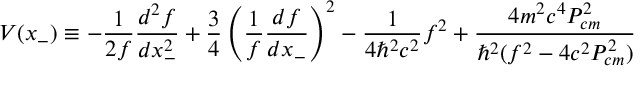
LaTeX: V ( x _ { - } ) \equiv - \frac { 1 } { 2 f } \frac { d ^ { 2 } f } { d x _ { - } ^ { 2 } } + \frac { 3 } { 4 } \left( \frac { 1 } { f } \frac { d f } { d x _ { - } } \right) ^ { 2 } - \frac { 1 } { 4 { \hbar } ^ { 2 } c ^ { 2 } } f ^ { 2 } + \frac { 4 m ^ { 2 } c ^ { 4 } P _ { c m } ^ { 2 } } { { \hbar } ^ { 2 } ( f ^ { 2 } - 4 c ^ { 2 } P _ { c m } ^ { 2 } ) }